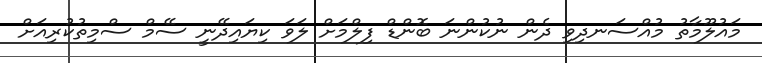
މައުލޫމާތު މުއްސަނދިވި ދެން ނުކުންނަ ބޮންޑް ފިލްމަށް ލަވަ ކިޔައިދޭނީ ސޭމް ސްމިތުކުރިއަށް